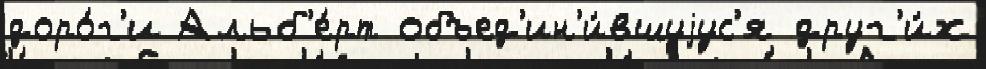
доро́г'и Альб'е́рт объед'ин'и́вшуjус'я друг'и́х